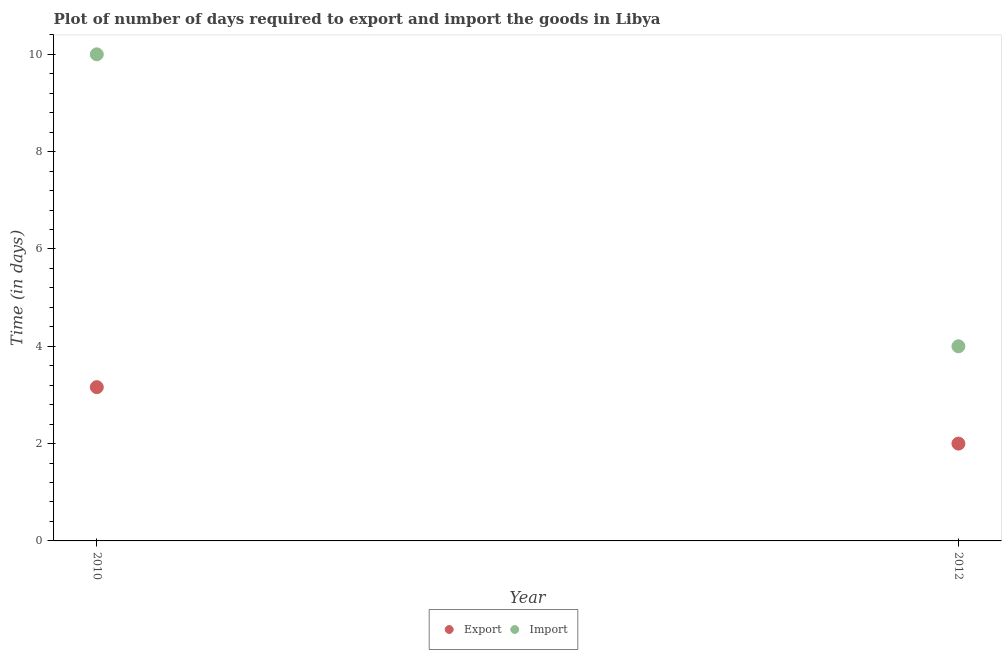
| Year | Export | Import |
 | --- | --- | --- |
 | 2010 | 3.16 | 10 |
 | 2012 | 2 | 4 |